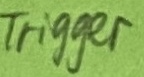
Text: TRIGGER